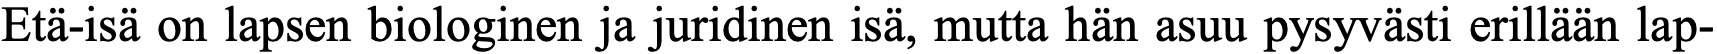
Etä-isä on lapsen biologinen ja juridinen isä, mutta hän asuu pysyvästi erillään lap-